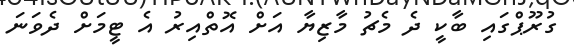
ގުރޫޕްގައި ބާކީ ދެ މެޗު މާޒިޔާ އަށް އޮތްއިރު އެ ޓީމަށް ދެވަނަ